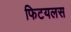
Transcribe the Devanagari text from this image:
फिटयलस